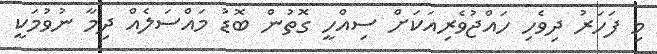
މި ފަހަރު ދިވެހި ހައްޖުވެރިއަކަށް ސިއްހީ ގޮތުން ބޮޑު މައްސަަލެއް ދިމާ ނުވުމަކީ